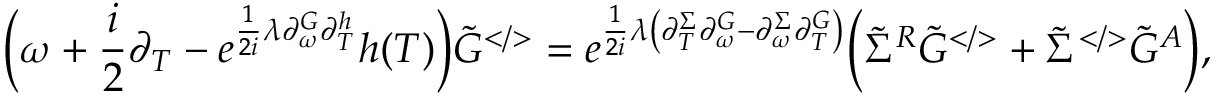
\Big ( \omega + \frac { i } { 2 } \partial _ { T } - e ^ { \frac { 1 } { 2 i } \lambda \partial _ { \omega } ^ { G } \partial _ { T } ^ { h } } h ( T ) \Big ) \tilde { G } ^ { < / > } = e ^ { \frac { 1 } { 2 i } \lambda \left( \partial _ { T } ^ { \Sigma } \partial _ { \omega } ^ { G } - \partial _ { \omega } ^ { \Sigma } \partial _ { T } ^ { G } \right) } \Big ( \tilde { \Sigma } ^ { R } \tilde { G } ^ { < / > } + \tilde { \Sigma } ^ { < / > } \tilde { G } ^ { A } \Big ) ,